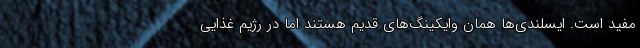
مفید است. ایسلندی‌ها همان وایکینگ‌های قدیم هستند اما در رژیم غذایی